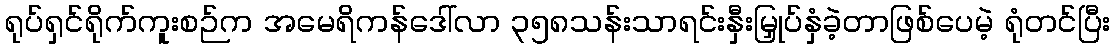
ရုပ်ရှင်ရိုက်ကူးစဉ်က အမေရိကန်ဒေါ်လာ ၃၅၈သန်းသာရင်းနှီးမြှုပ်နှံခဲ့တာဖြစ်ပေမဲ့ ရုံတင်ပြီး